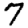
Digit: 7